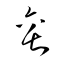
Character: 罍